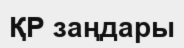
ҚР заңдары